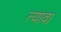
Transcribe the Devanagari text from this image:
त्यावा